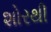
શોરથી